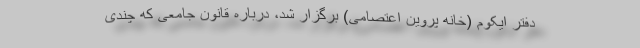
دفتر ایکوم (خانه پروین اعتصامی) برگزار شد، درباره قانون جامعی که چندی